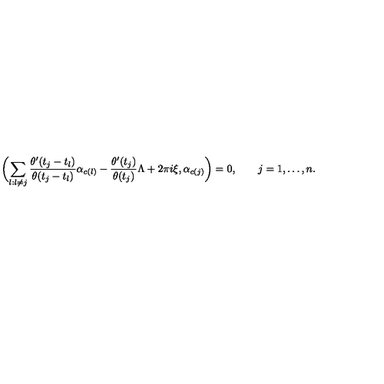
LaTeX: \biggl ( \sum _ { l : l \neq j } { \frac { \theta ^ { \prime } ( t _ { j } - t _ { l } ) } { \theta ( t _ { j } - t _ { l } ) } } \alpha _ { c ( l ) } - { \frac { \theta ^ { \prime } ( t _ { j } ) } { \theta ( t _ { j } ) } } \Lambda + 2 \pi i \xi , \alpha _ { c ( j ) } \biggr ) = 0 , \qquad j = 1 , \dots , n .